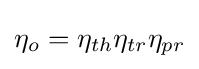
\eta _{o}=\eta _{th}\eta _{tr}\eta _{pr}